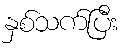
နှစ်သက်ပြီး